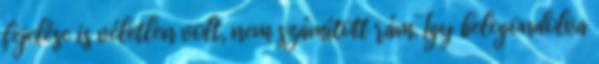
fejelése is véletlen volt, nem számított rám. Így belegondolva